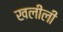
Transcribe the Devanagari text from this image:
खलीली